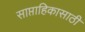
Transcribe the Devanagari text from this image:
साप्ताहिकासाठी